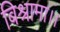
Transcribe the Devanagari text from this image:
बिश्रामा।।